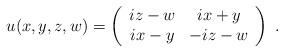
LaTeX: \begin{align*}u(x,y,z,w)=\left( \begin{array}{cc}iz-w & ix+y\\ix-y & -iz-w\end{array}\right) \; .\end{align*}